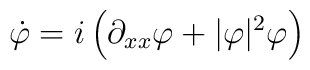
\dot{\varphi}=i\left(\partial_{xx}\varphi+|\varphi|^2\varphi\right)